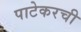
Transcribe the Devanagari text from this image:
पाटेकरची